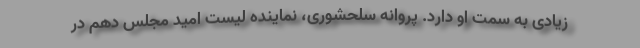
زیادی به سمت او دارد. پروانه سلحشوری، نماینده لیست امید مجلس دهم در